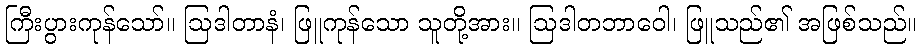
ကြီးပွားကုန်သော်။ ဩဒါတာနံ၊ ဖြူကုန်သော သူတို့အား။ ဩဒါတဘာဝေါ၊ ဖြူသည်၏ အဖြစ်သည်။